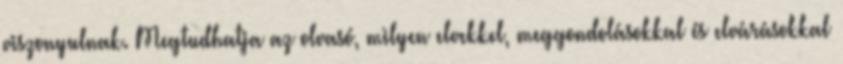
viszonyulnak. Megtudhatja az olvasó, milyen elvekkel, meggondolásokkal és elvárásokkal